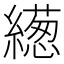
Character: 繱